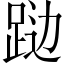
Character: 𲃦